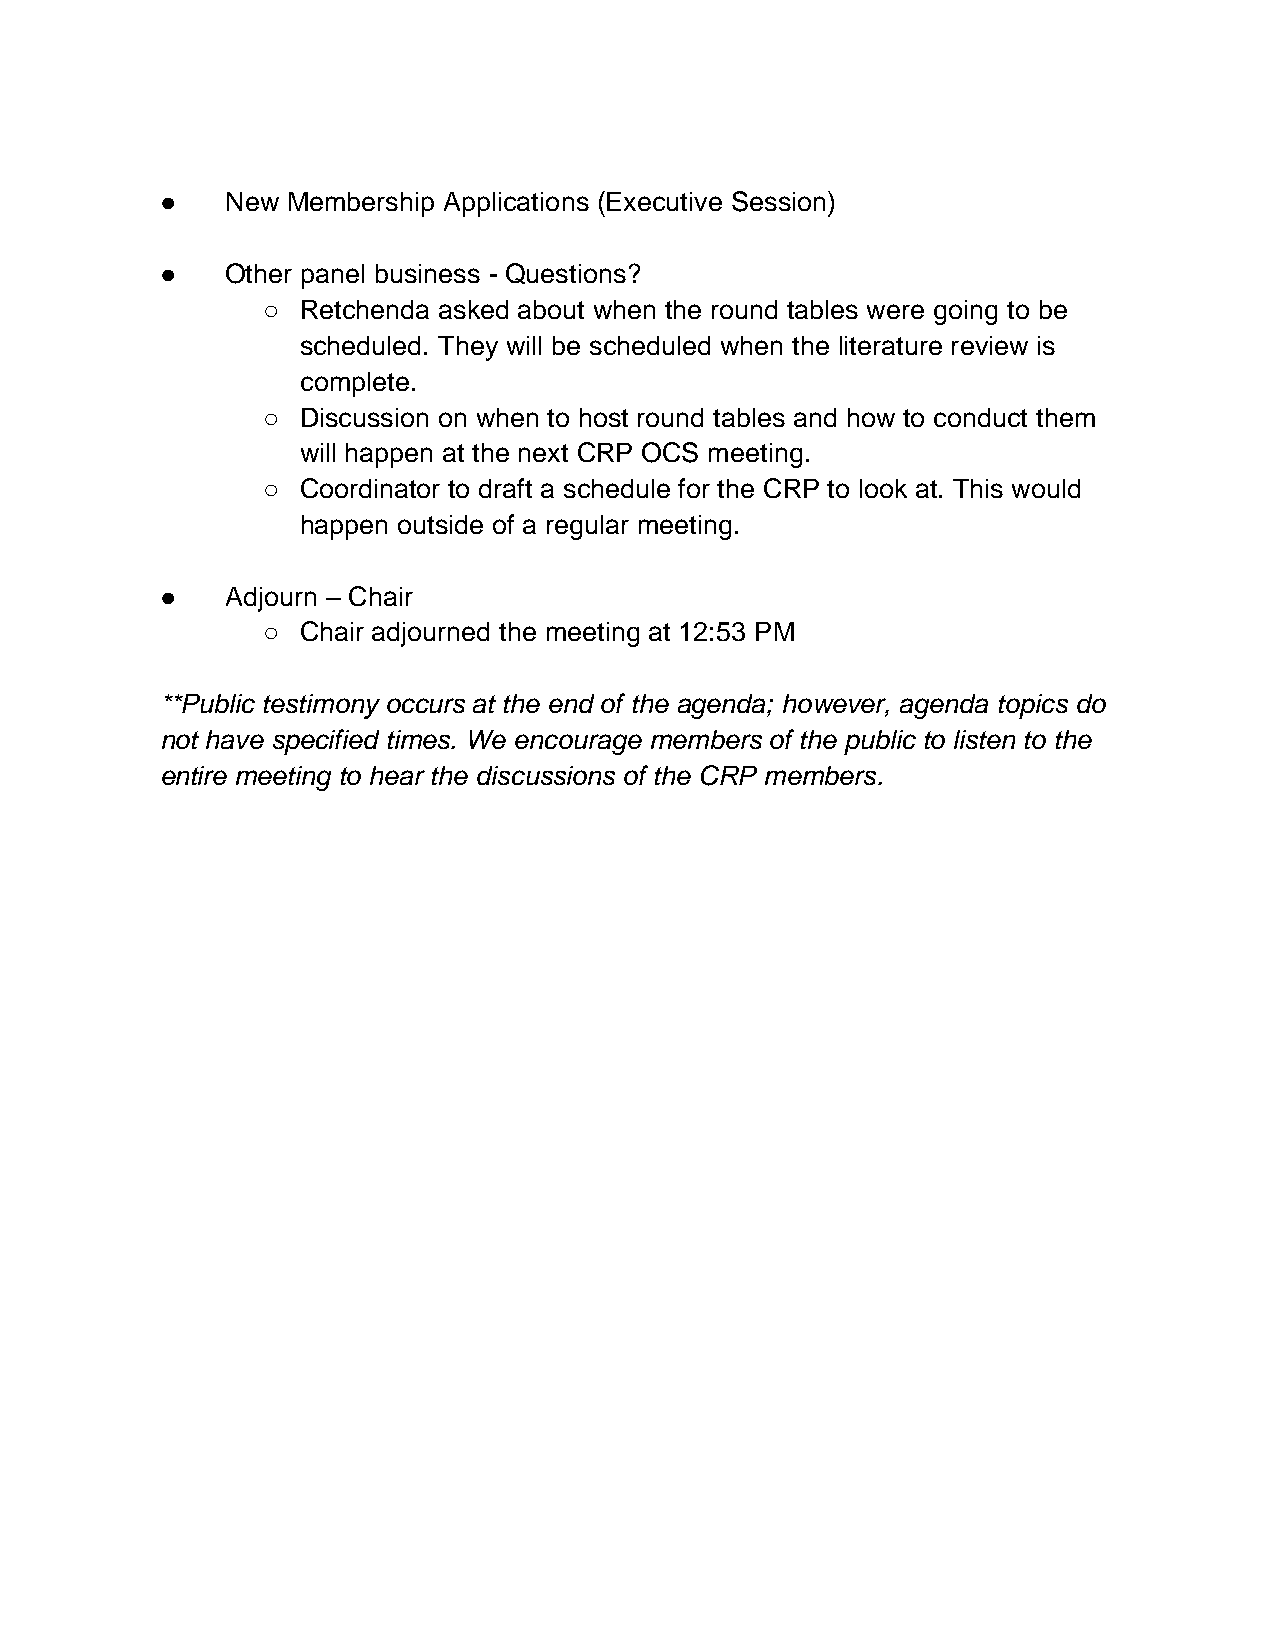
●   New Membership Applications (Executive Session)
 ●   Other panel business - Questions?
 ○  Retchenda asked about when the round tables were going to be
 scheduled. They will be scheduled when the literature review is
 complete.
 ○  Discussion on when to host round tables and how to conduct them
 will happen at the next CRP OCS meeting.
 ○  Coordinator to draft a schedule for the CRP to look at. This would
 happen outside of a regular meeting.
 ●   Adjourn – Chair
 ○  Chair adjourned the meeting at 12:53 PM
 **Public testimony occurs at the end of the agenda; however, agenda topics do
 not have specified times. We encourage members of the public to listen to the
 entire meeting to hear the discussions of the CRP members.